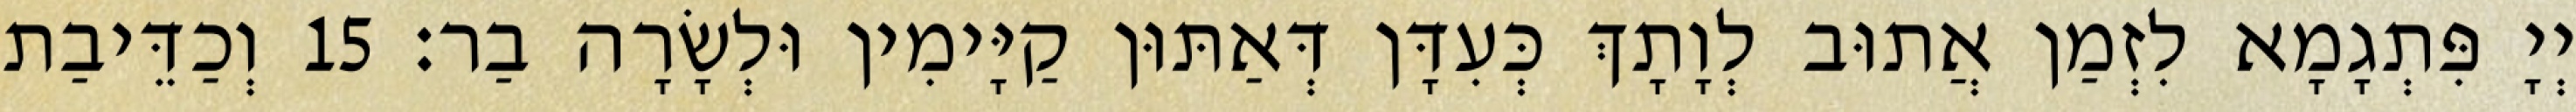
יְיָ פִּתְגָמָא לִזְמַן אֲתוּב לְוָתָךְ כְּעִדָּן דְּאַתּוּן קַיָּימִין וּלְשָׂרָה בַר׃ 15 וְכַדֵּיבַת